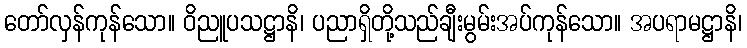
တော်လှန်ကုန်သော။ ဝိညူပသဋ္ဌာနိ၊ ပညာရှိတို့သည်ချီးမွမ်းအပ်ကုန်သော။ အပရာမဋ္ဌာနိ၊